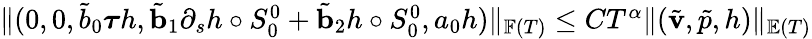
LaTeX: \begin{array}{r}{\| (0,0,\tilde{b}_{0}{\boldsymbol{\tau}}h,\tilde{\mathbf{b}}_{1}\partial_{s}h\circ S_{0}^{0}+\tilde{\mathbf{b}}_{2}h\circ S_{0}^{0},a_{0}h)\| _{\mathbb{F}(T)}\leq CT^{\alpha}\| (\tilde{\mathbf{v}},\tilde{p},h)\| _{\mathbb{E}(T)}}\end{array}